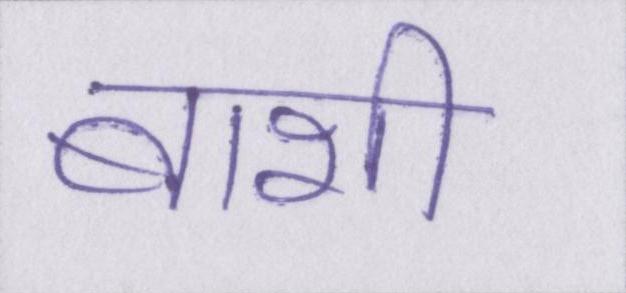
बाशी